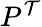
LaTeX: P^{\mathcal{T}}